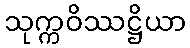
သုက္ကဝိဿဋ္ဌိယာ